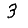
Digit: 3